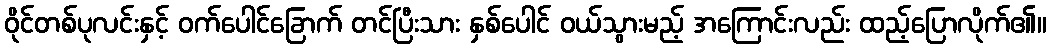
ဝိုင်တစ်ပုလင်းနှင့် ဝက်ပေါင်ခြောက် တင်ပြီးသား နှစ်ပေါင် ဝယ်သွားမည့် အကြောင်းလည်း ထည့်ပြောလိုက်၏။